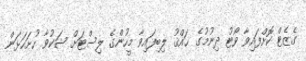
ގެޒެޓް ކޮށްފައިވާ ވޯޓު ދިނުމުގެ ޙައްޤު ލިބިފައިވާ މީހުންގެ ލިސްޓަށް ޝަކުވާ ހުށަހަޅަން